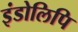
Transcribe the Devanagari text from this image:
इंडोलिपि